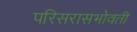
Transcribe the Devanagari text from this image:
परिसरासभोवती